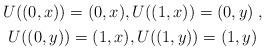
LaTeX: \begin{align*}\begin{gathered}U((0,x)) = (0,x),U((1,x)) = (0,y)\;,\\U((0,y)) = (1,x),U((1,y)) = (1,y)\end{gathered}\end{align*}